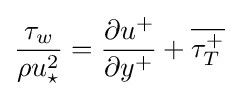
{\frac {\tau _{w}}{\rho u_{\star }^{2}}}={\frac {\partial u^{+}}{\partial y^{+}}}+{\overline {\tau _{T}^{+}}}